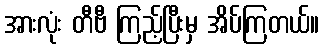
အားလုံး တီဗီ ကြည့်ပြီးမှ အိပ်ကြတယ်။